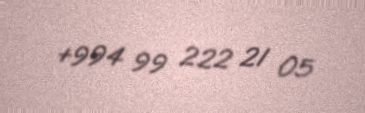
+994 99 222 21 05